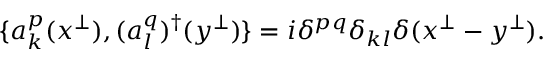
\{ a _ { k } ^ { p } ( x ^ { \perp } ) , ( a _ { l } ^ { q } ) ^ { \dagger } ( y ^ { \perp } ) \} = i \delta ^ { p q } \delta _ { k l } \delta ( x ^ { \perp } - y ^ { \perp } ) .